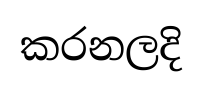
කරනලදි